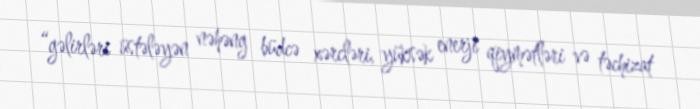
“gəlirləri üstələyən nəhəng büdcə xərcləri, yüksək enerji qiymətləri və təchizat